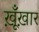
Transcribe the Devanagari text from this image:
ख़ूँख़ार